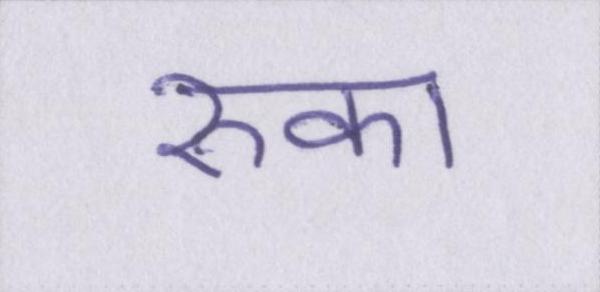
रुका